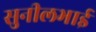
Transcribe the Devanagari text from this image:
सुनीलभाई